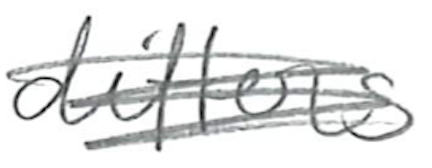
Text: differs
Cross-out: scratch
Writing tool: pencil